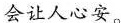
会让人心安。